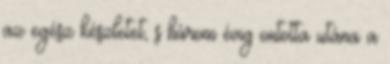
az egész készletet, s három évig ontotta utána a